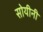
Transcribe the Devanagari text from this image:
सोयीनी